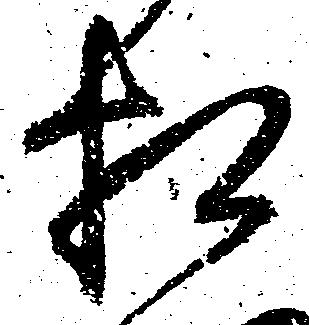
相